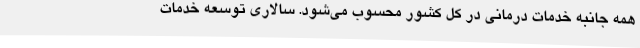
همه جانبه خدمات درمانی در کل کشور محسوب می‌شود. سالاری توسعه خدمات